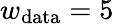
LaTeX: w_{\textrm{data}}=5